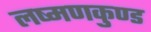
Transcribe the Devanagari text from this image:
लष्मणकुण्ड